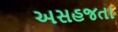
અસહજતા